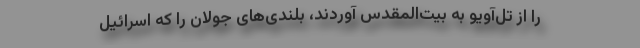
را از تل‌آویو به بیت‌المقدس آوردند، بلندی‌های جولان را که اسرائیل